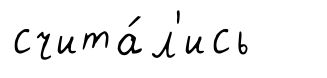
счита́л'ись